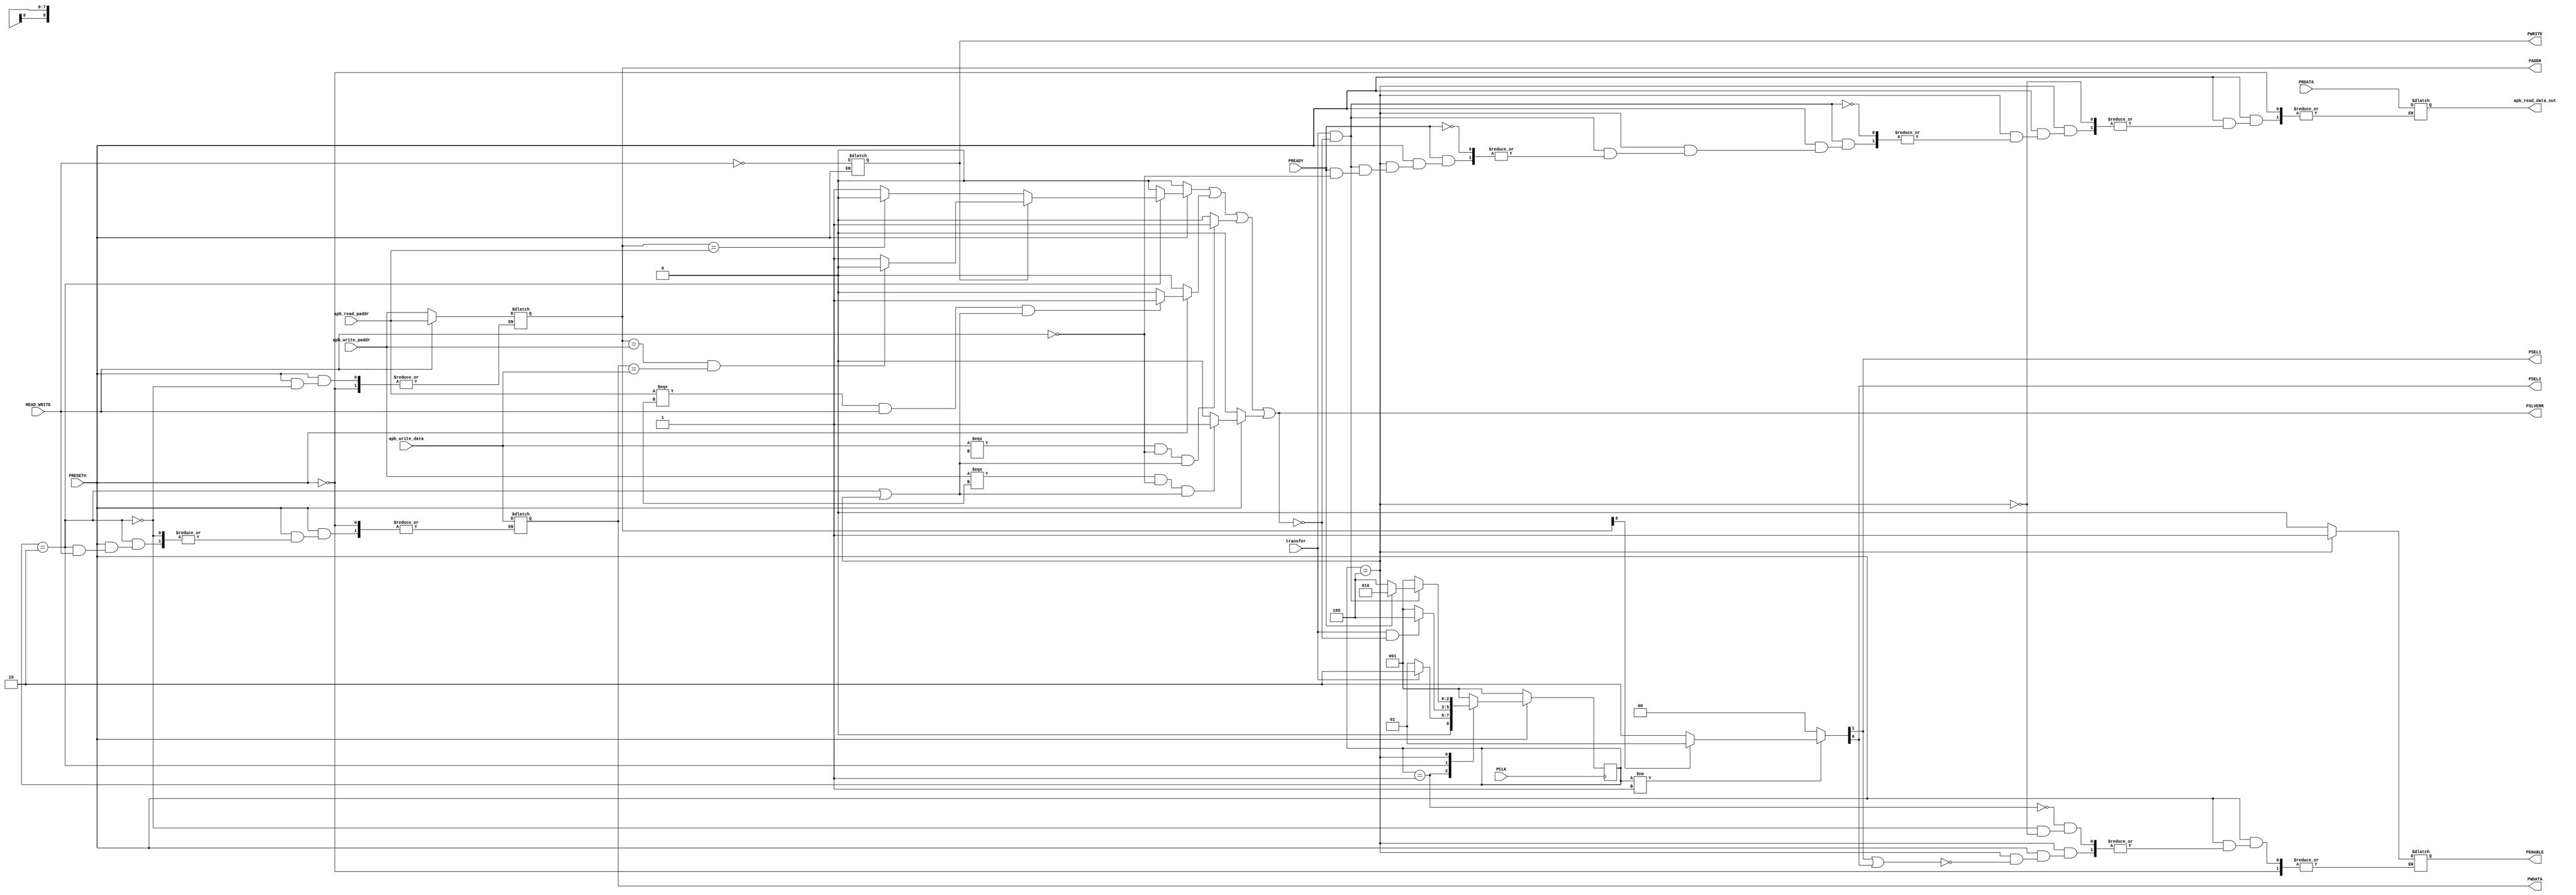
////////////////////////////////////////////////
//
// Name:  EDAGOTTU JANARDHANA
// Design: APB2 Protocol Master
//
///////////////////////////////////////////////



`timescale 1ns/1ns

  module master_bridge(
	input [8:0]apb_write_paddr,apb_read_paddr,
	input [7:0] apb_write_data,PRDATA,         
	input PRESETn,PCLK,READ_WRITE,transfer,PREADY,
	output PSEL1,PSEL2,
	output reg PENABLE,
	output reg [8:0]PADDR,
	output reg PWRITE,
	output reg [7:0]PWDATA,apb_read_data_out,
	output PSLVERR ); 
       // integer i,count;
   
  reg [2:0] state, next_state;

  reg invalid_setup_error,
      setup_error,
      invalid_read_paddr,
      invalid_write_paddr,
      invalid_write_data ;
  
  localparam IDLE = 3'b001, SETUP = 3'b010, ENABLE = 3'b100 ;


  always @(posedge PCLK)
  begin
	if(!PRESETn)
		state <= IDLE;
	else
		state <= next_state; 
  end

  always @(state,transfer,PREADY)

  begin
	if(!PRESETn)
	  next_state = IDLE;
	else
          begin
             PWRITE = ~READ_WRITE;
	     case(state)
                  
		     IDLE: begin 
		              PENABLE =0;

		            if(!transfer)
	        	      next_state = IDLE ;
	                    else
			      next_state = SETUP;
	                   end

	       	SETUP:   begin
			    PENABLE =0;

			    if(READ_WRITE) 
				 //     @(posedge PCLK)
	                       begin   PADDR = apb_read_paddr; end
			    else 
			      begin   
			          //@(posedge PCLK)
                                  PADDR = apb_write_paddr;
				  PWDATA = apb_write_data;  end
			    
			    if(transfer && !PSLVERR)
			      next_state = ENABLE;
		            else
           	              next_state = IDLE;
		           end

	       	ENABLE: 
		     begin if(PSEL1 || PSEL2)
		           PENABLE =1;
			   if(transfer & !PSLVERR)
			   begin
				   if(PREADY)
				   begin
					if(!READ_WRITE)
				         begin
				          
					   next_state = SETUP; end
					else 
					   begin
					   next_state = SETUP; 
				          	   
                                           apb_read_data_out = PRDATA; 
					   end
			            end
				    else next_state = ENABLE;
		              end
		             else next_state = IDLE;
			 end
			   
		        /* if(transfer && !PREADY && READ_WRITE)
                             begin
                              //   repeat(3) @(posedge PCLK)  
                		// begin
			          //  if(!transfer)
                                    //  next_state = IDLE;
		                    //else 
                                      // begin
                                        //if(PREADY) begin
                                          //  next_state = SETUP;
                                            //apb_read_data_out = PRDATA; end
                                        //else
                                            next_state = ENABLE;
				       //end 
                                end
		            end

                       else if(transfer && PREADY && READ_WRITE )
                                 begin
			           apb_read_data_out = PRDATA; 
                                   next_state = SETUP; 
			         end
                                                    
		       else if(transfer && !PREADY && !READ_WRITE)
                                   begin
                                   //   repeat(3) @(posedge PCLK)                                          
			             //   begin
			               // if(!transfer)
                                    //     next_state = IDLE;
				      //  else begin
				        //  if(PREADY) 
					  //   next_state = SETUP;
				          //else
						  next_state = ENABLE;
				         end
			             end 
			     end  
					   
                       else if(transfer && PREADY && !READ_WRITE )
			     begin
                                   next_state = SETUP; 
                                  $strobe($time," Enable write operation"); end   */
                             
                       
                                 default: next_state = IDLE; 
               	endcase
             end
          end


 /*     always @(posedge PCLK) 

      begin
	       PWRITE = ~READ_WRITE;

	      case(state)
		      IDLE: begin
			     
			      PENABLE = 0;
		             end

		      SETUP: begin
			      PENABLE =0;
			      if(READ_WRITE) 
				//  @(posedge PCLK)
			          PADDR = apb_read_paddr;
			      else 
			         //@(posedge PCLK)
                                  PADDR = apb_write_paddr;
				  PWDATA = apb_write_data;
			     end

		      ENABLE: begin
			      PENABLE =1;
		             end
	      endcase
      end */
     assign {PSEL1,PSEL2} = ((state != IDLE) ? (PADDR[8] ? {1'b0,1'b1} : {1'b1,1'b0}) : 2'd0);

  // PSLVERR LOGIC
  
  always @(*)
       begin
        if(!PRESETn)
	    begin 
	     setup_error =0;
	     invalid_read_paddr = 0;
	     invalid_write_paddr = 0;
	     invalid_write_paddr =0 ;
	    end
        else
	 begin	
          begin
	  if(state == IDLE && next_state == ENABLE)
   		  setup_error = 1;
	  else setup_error = 0;
          end
          begin
          if((apb_write_data===8'dx) && (!READ_WRITE) && (state==SETUP || state==ENABLE))
		  invalid_write_data =1;
	  else invalid_write_data = 0;
          end
          begin
	  if((apb_read_paddr===9'dx) && READ_WRITE && (state==SETUP || state==ENABLE))
		  invalid_read_paddr = 1;
	  else  invalid_read_paddr = 0;
          end
          begin
          if((apb_write_paddr===9'dx) && (!READ_WRITE) && (state==SETUP || state==ENABLE))
		  invalid_write_paddr =1;
          else invalid_write_paddr =0;
          end
          begin
	  if(state == SETUP)
            begin
                 if(PWRITE)
                      begin
                         if(PADDR==apb_write_paddr && PWDATA==apb_write_data)
                              setup_error=1'b0;
                         else
                               setup_error=1'b1;
                       end
                 else 
                       begin
                          if (PADDR==apb_read_paddr)
                                 setup_error=1'b0;
                          else
                                 setup_error=1'b1;
                       end    
              end 
          
         else setup_error=1'b0;
         end 
       end
       invalid_setup_error = setup_error ||  invalid_read_paddr || invalid_write_data || invalid_write_paddr  ;
     end 

   assign PSLVERR =  invalid_setup_error ;

	 

 endmodule